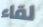
لقاء